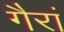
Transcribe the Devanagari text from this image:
गैरां